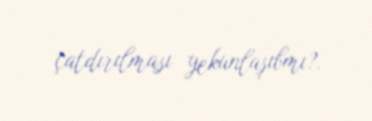
çatdırılması yekunlaşıbmı?.